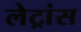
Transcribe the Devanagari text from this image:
लेट्रांस